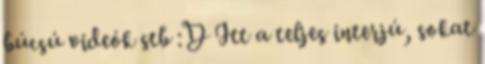
búcsú videók stb :D Itt a teljes interjú, sokat